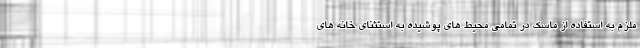
ملزم به استفاده از ماسک در تمامی محیط های پوشیده به استثنای خانه های